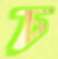
চ